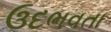
ઉદભવતા